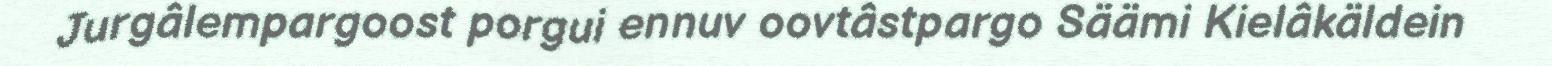
Jurgâlempargoost porgui ennuv oovtâstpargo Säämi Kielâkäldein